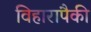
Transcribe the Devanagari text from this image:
विहारापैकी